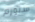
ستورم